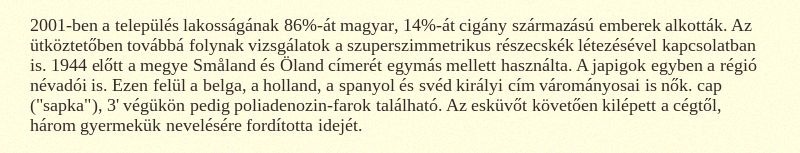
2001-ben a település lakosságának 86%-át magyar, 14%-át cigány származású emberek alkották. Az ütköztetőben továbbá folynak vizsgálatok a szuperszimmetrikus részecskék létezésével kapcsolatban is. 1944 előtt a megye Småland és Öland címerét egymás mellett használta. A japigok egyben a régió névadói is. Ezen felül a belga, a holland, a spanyol és svéd királyi cím várományosai is nők. cap ("sapka"), 3' végükön pedig poliadenozin-farok található. Az esküvőt követően kilépett a cégtől, három gyermekük nevelésére fordította idejét.